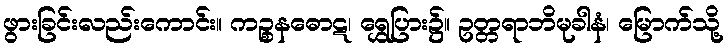
ဖွားခြင်းလည်းကောင်း။ ကဉ္စနဓောဋ၊ ရွှေပြား၌။ ဥတ္တရာဘိမုခါနံ၊ မြောက်သို့